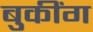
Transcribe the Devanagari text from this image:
बुकींग